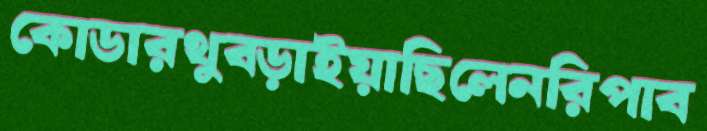
কোডারথুব্‌ড়াইয়াছিলেনরিপাব